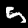
Label: 5